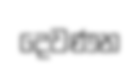
දෙවණන